Vaccination United Provinces of Agra and Oudh 1923-1928 - 1923-1928
Year: 1923
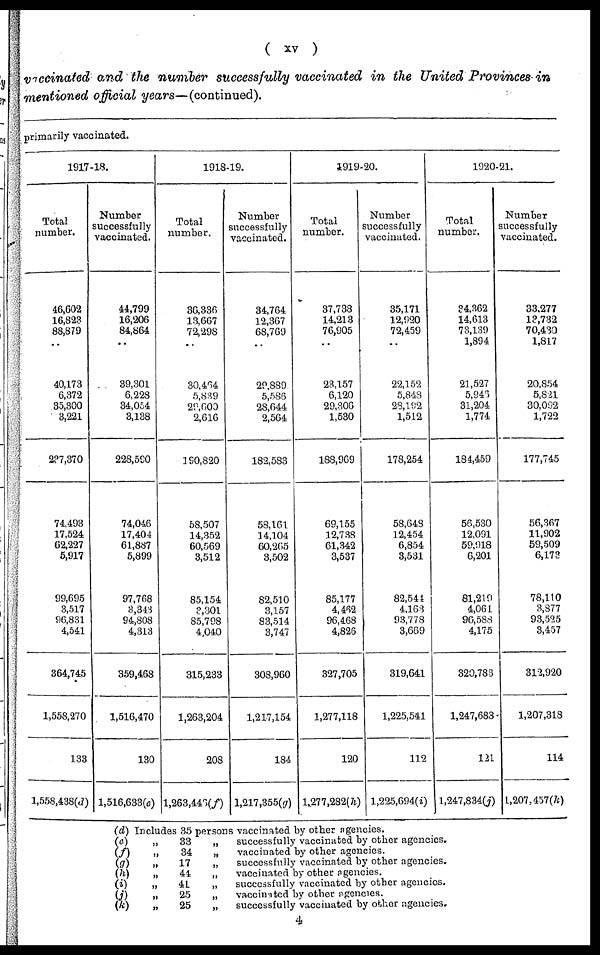
( xv )
vaccinated and the number successfully vaccinated in the United Provinces in
mentioned official years—(continued).
primarily vaccinated.
1917-18.
Total
number.
46,602
16,823
88,879
..
40,173
6,372
35,300
3,221
237,370
74,493
17,524
62,227
5,917
99,695
3,517
96,831
4,541
364,745
1,558,270
133
1,558,438(d)
Number
successfully
vaccinated.
44,799
16,206
84,864
..
39,301
6,228
34,054
3,138
228,590
74,046
17,404
61,887
5,899
97,768
3,343
94,808
4,313
359,468
1,516,470
130
1,516,633(e)
1918-19.
Total
number.
36,336
13,667
72,298
..
30,464
5,839
29,600
2,616
190,820
58,507
14,352
60,569
3,512
85,154
3,301
85,798
4,040
315,233
1,263,204
208
l,263,446(ƒ)
Number
successfully
vaccinated.
34,764
12,367
68,769
..
29,889
5,586
28,644
2,564
182,583
58,161
14,104
60,265
3,502
82,510
3,157
83,514
3,747
308,960
1,217,154
184
l,217,355(g)
1919-20.
Total
number.
37,738
14,213
76,905
..
23,157
6,120
29,306
1,530
188,969
69,155
12,738
61,342
3,537
85,177
4,462
96,468
4,826
327,705
1,277,118
120
1,277,282(h)
Number
successfully
vaccinated.
35,171
12,920
72,459
..
22,152
5,848
23,192
1,512
178,254
58,648
12,454
6,854
3,531
82,544
4,163
93,778
3,669
319,641
1,225,541
112
l,225,694(i)
1920-21.
Total
number.
34,362
14,613
73,139
1,894
21,527
5,946
31,204
1,774
184,459
56,530
12,091
59,918
6,201
81,219
4,061
96,5888
4,175
320,783
1,247,683
121
l,247,834(j)
Number
successfully
vaccinated.
33,277
13,732
70,430
1,817
20,854
5,821
30,092
1,722
177,745
56,367
11,902
59,509
6,173
78,110
3,877
93,525
3,457
312,920
1,207,318
114
l,207,457(k)
(d)
(e)
(ƒ)
(g)
(h)
(i)
(j)
(k)
Includes 35 persons vaccinated by other agencies.
„
„
„
„
„
„
„
33
34
17
41
41
25
25
„
„
„
„
„
„
„
successfully vaccinated by other agencies.
vaccinated by other agencies.
successfully vaccinated by other agencies.
vaccinated by other agencies.
successfully vaccinated by other agencies.
vaccinited by other agencies.
successfully vaccinated by other agencies.
4